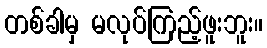
တစ်ခါမှ မလုပ်ကြည့်ဖူးဘူး။